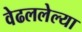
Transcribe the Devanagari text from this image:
वेढललेल्या